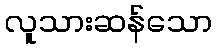
လူသားဆန်သော